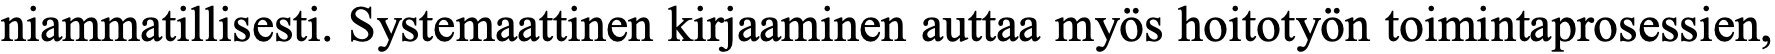
niammatillisesti. Systemaattinen kirjaaminen auttaa myös hoitotyön toimintaprosessien,